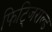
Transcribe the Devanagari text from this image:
फिट्जिराल्ड